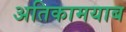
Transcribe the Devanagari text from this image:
अतिकामयाब